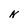
Character: N